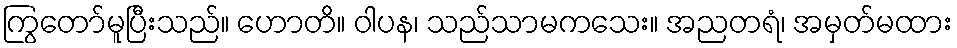
ကြွတော်မူပြီးသည်။ ဟောတိ။ ဝါပန၊ သည်သာမကသေး။ အညတရံ၊ အမှတ်မထား